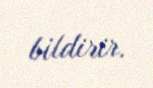
bildirir.